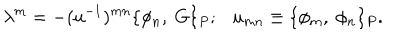
\lambda ^ { m } = - ( u ^ { - 1 } ) ^ { m n } \{ \phi _ { n } , \ G \} _ { P } ; \ \ \ u _ { m n } \equiv \{ \phi _ { m } , \ \phi _ { n } \} _ { P } .